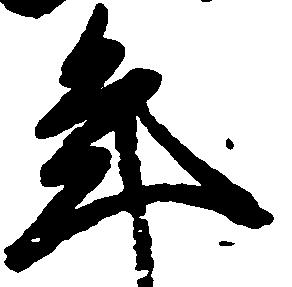
年